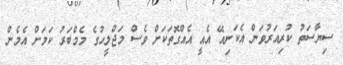
ސިޔާސަތު ކުރިއަރުވަން އެކަނިއޭ އެއީ އެއްގޮތަކަށް ވެސް މަޖްލީހުގެ މެމްބަރު ކަމަށް އެމެން